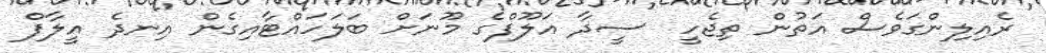
ރެއިލިންގަވެސް އަތުން ތިޖެހީ  ސީދާ އަލޫފްގެ މޫނަށް ބަލަހައްޓާއިގެން އިނދެ އީލާފް